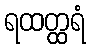
ရထတ္ထရံ